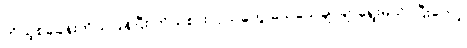
ကိုယ့်စခခန်းကိုယ်ပြန်ပြီး ကိုယ်စားလှယ်တွေ သေသေချာချာရွေးမယ်၊ ပြီးတော့